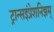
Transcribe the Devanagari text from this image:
ट्रान्सइंप्रेशनिझम्